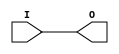
module IBUF_SSTL18_I_DCI (O, I);

    output O;

    input  I;

	buf B1 (O, I);


endmodule